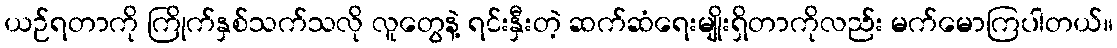
ယဉ်ရတာကို ကြိုက်နှစ်သက်သလို လူတွေနဲ့ ရင်းနှီးတဲ့ ဆက်ဆံရေးမျိုးရှိတာကိုလည်း မက်မောကြပါတယ်။